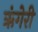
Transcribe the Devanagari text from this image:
ऋंगेरी